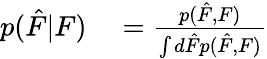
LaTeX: \begin{array}{rl}{p(\hat{F}|F)}&{{}=\frac{p(\hat{F},F)}{\int d\hat{F}p(\hat{F},F)}}\end{array}